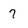
Character: 7